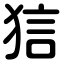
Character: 狺